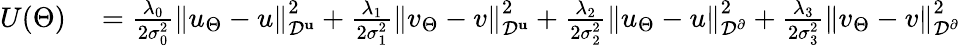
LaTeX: \begin{array}{rl}{U(\Theta)}&{{}=\frac{\lambda_{0}}{2\sigma_{0}^{2}}\left\| u_{\Theta}-u\right\| _{\mathcal{D}^{\mathbf{u}}}^{2}+\frac{\lambda_{1}}{2\sigma_{1}^{2}}\left\| v_{\Theta}-v\right\| _{\mathcal{D}^{\mathbf{u}}}^{2}+\frac{\lambda_{2}}{2\sigma_{2}^{2}}\left\| u_{\Theta}-u\right\| _{\mathcal{D}^{\partial}}^{2}+\frac{\lambda_{3}}{2\sigma_{3}^{2}}\left\| v_{\Theta}-v\right\| _{\mathcal{D}^{\partial}}^{2}}\end{array}